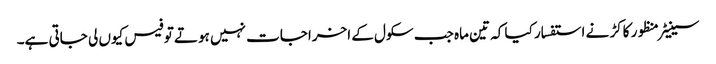
سینیٹر منظور کاکڑ نے استفسار کیا کہ تین ماہ جب سکول کے اخراجات نہیں ہوتے تو فیس کیوں لی جاتی ہے۔